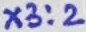
Text: X3:2